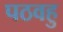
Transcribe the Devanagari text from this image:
पठवहु